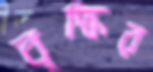
বৃদ্ধির